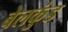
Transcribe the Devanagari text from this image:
बेलकुंड